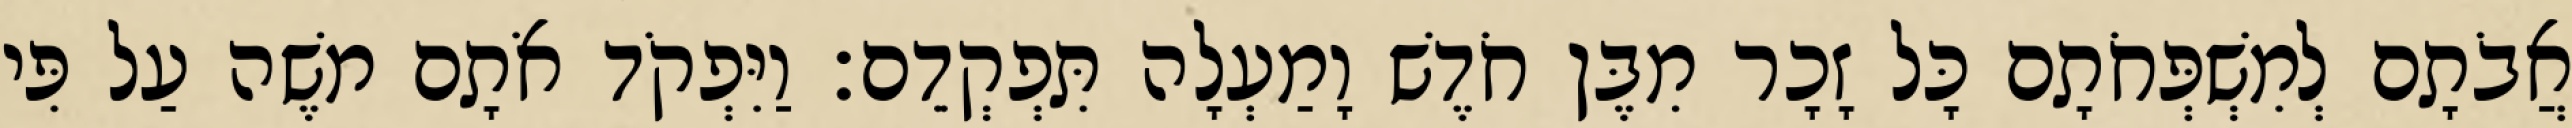
אֲבֹתָם לְמִשְׁפְּחֹתָם כָּל זָכָר מִבֶּן חֹדֶשׁ וָמַעְלָה תִּפְקְדֵם׃ וַיִּפְקֹד אֹתָם משֶׁה עַל פִּי